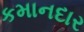
કમાનદાર